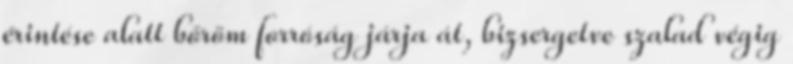
érintése alatt bőröm forróság járja át, bizsergetve szalad végig